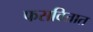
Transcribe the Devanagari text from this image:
फसवितात